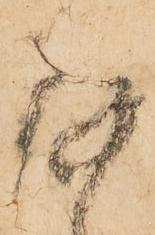
存